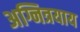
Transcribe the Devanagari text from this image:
अग्नित्रयाय